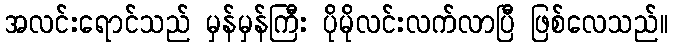
အလင်းရောင်သည် မှန်မှန်ကြီး ပိုမိုလင်းလက်လာပြီ ဖြစ်လေသည်။